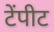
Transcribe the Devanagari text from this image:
टेंपीट